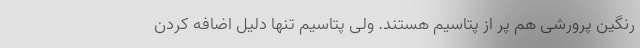
رنگین پرورشی هم پر از پتاسیم هستند. ولی پتاسیم تنها دلیل اضافه کردن